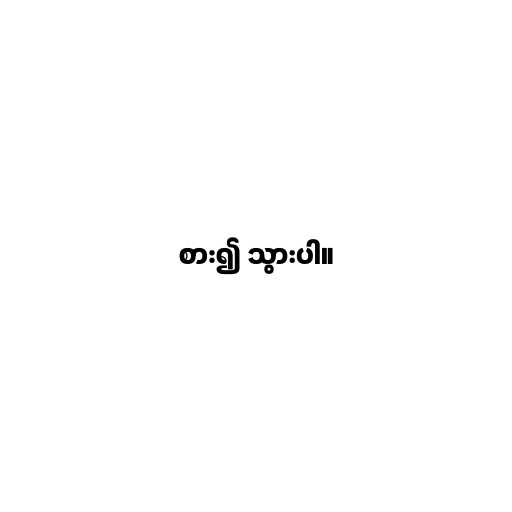
စား၍ သွားပါ။